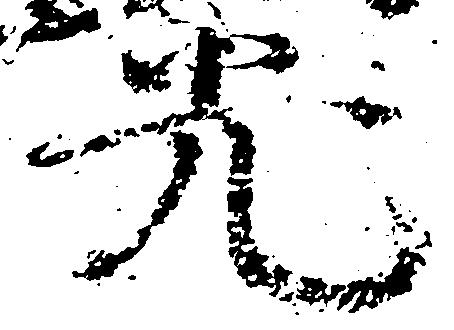
光